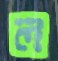
ল